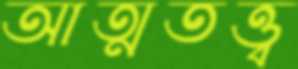
আত্মতত্ত্ব